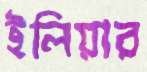
ইলিয়ার